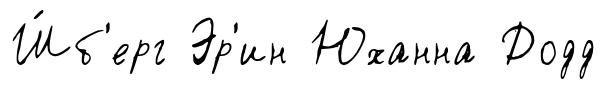
Ш́б'ерг Эр'ин Юханна Додд